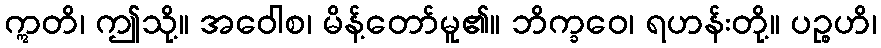
ဣတိ၊ ဤသို့။ အဝေါစ၊ မိန့်တော်မူ၏။ ဘိက္ခဝေ၊ ရဟန်းတို့။ ပဉ္စဟိ၊